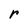
Character: r